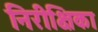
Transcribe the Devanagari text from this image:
निरीक्षिका